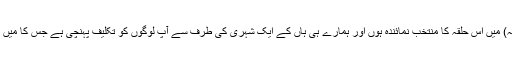
دریافت کرنے پر انہوں نے بتایا کہ انہوں نے طلباء سے کہا کہ جہاں آپ سیر کرنے جا رہے ہیں (بنجوسہ) میں اس حلقہ کا منتخب نمائندہ ہوں اور ہمارے ہی ہاں کے ایک شہری کی طرف سے آپ لوگوں کو تکلیف پہنچی ہے جس کا میں کوئی ازالہ تو نہیں کر سکتا لیکن میں چاہوں گا کہ آپ تمام لوگ واپسی پر میرے ساتھ چائے پی کر جائیں۔